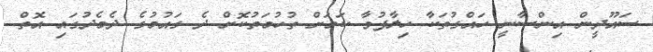
ސައޫދީން އިންސާނީ ހައްގުތަކާ ހިލާފުވާ ކަމަށް ތުހުމަތުކޮށް ދެ ގައުމުގެ ދެމެދުގައި އޮތް